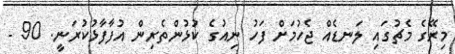
މިރޭގެ މެޗުގައި ލަނޑެއް ޖެހުމަށް ފަހު ނިއުގެ ކުޅުންތެރިން އުފާފާޅުކުރަނީ. 90 -